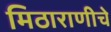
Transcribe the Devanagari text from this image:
मिठाराणीचे